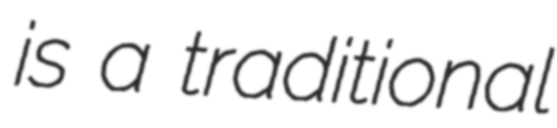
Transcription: is a traditional